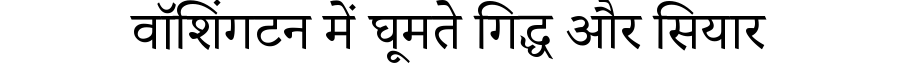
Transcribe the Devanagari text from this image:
वॉशिंगटन में घूमते गिद्ध और सियार